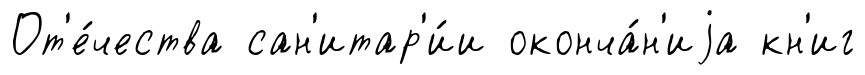
От'е́чества сан'итар'и́и оконча́н'иjа кн'иг